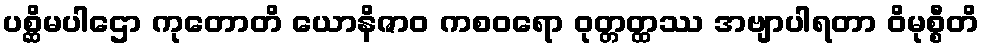
ပစ္ဆိမပါဌော ကုတောတိ ယောနိဇာဝ ကစဝရော ဝုတ္တတ္ထဿ အဗျာပါရတာ ဝိမုစ္စီတိ